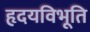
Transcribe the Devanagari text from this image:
हृदयविभूति